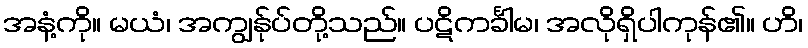
အနံ့ကို။ မယံ၊ အကျွန်ုပ်တို့သည်။ ပဋိကင်္ခါမ၊ အလိုရှိပါကုန်၏။ ဟိ၊